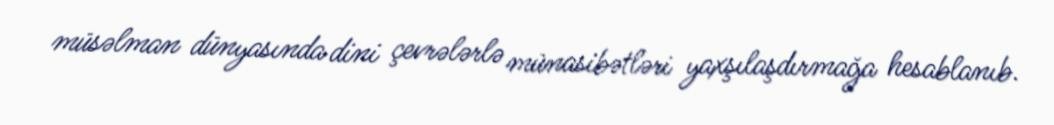
müsəlman dünyasında dini çevrələrlə münasibətləri yaxşılaşdırmağa hesablanıb.